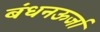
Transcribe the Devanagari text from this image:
बंधनऊर्जा